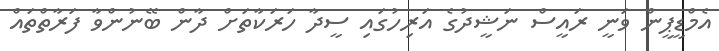
އެމްޑީޕީން ވަނީ ރައީސް ނަޝީދުގެ އަރިހުގައި ސީދާ ހަރަކާތަށް ދާން ބޭނުންވާ ފަރާތްތައް